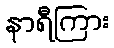
နာရီကြား